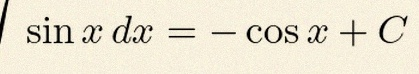
\int \sin x\,dx=-\cos x+C